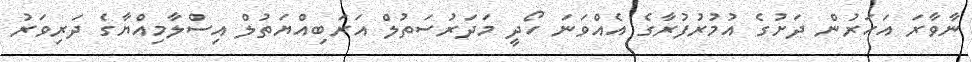
ނާވާރަ އަހަރުން ދަށުގެ އުމުރުފުރާގެ އެއްވަނަ ހޯދީ މަދަރުސަތުލް އަރަބިއްޔަތުލް އިސްލާމިއްޔާގެ ދަރިވަރު